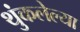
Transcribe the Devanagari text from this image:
थुंकलेल्या